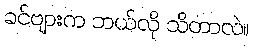
ခင်ဗျားက ဘယ်လို သိတာလဲ။